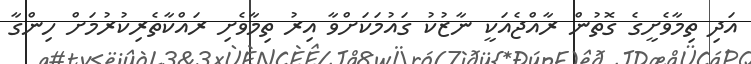
އަދި ތިމާވެށީގެ ގޮތުން ރާއްޖެއަކީ ނާޒުކު ގައުމަކަށްވާ އިރު ތިމާވެށި ރައްކާތެރިކުރުމަށް ހިންގާ